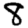
Digit: 8